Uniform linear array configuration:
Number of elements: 32
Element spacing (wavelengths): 0.25
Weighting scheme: blackman
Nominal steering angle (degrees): -60
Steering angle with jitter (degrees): -59.317
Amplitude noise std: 0.05
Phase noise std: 0.05

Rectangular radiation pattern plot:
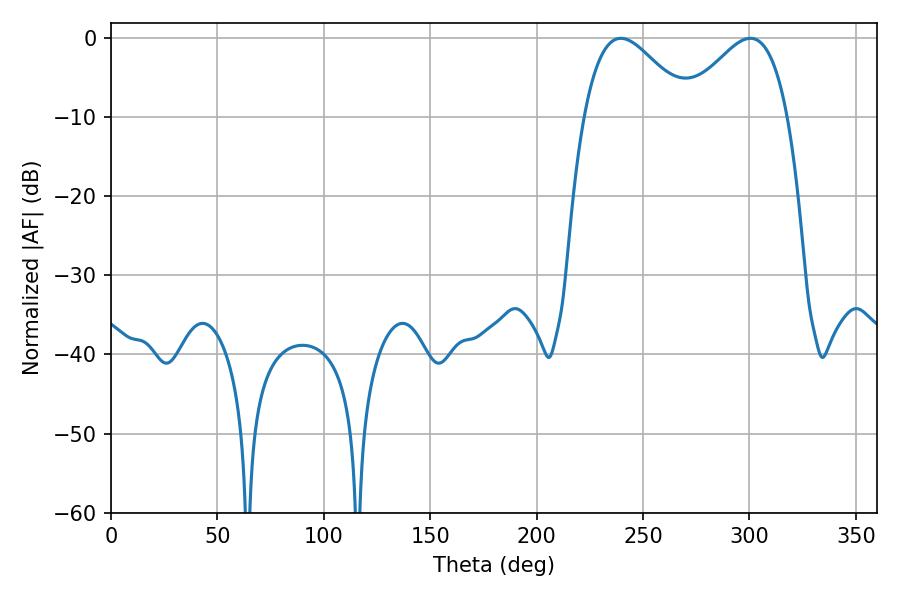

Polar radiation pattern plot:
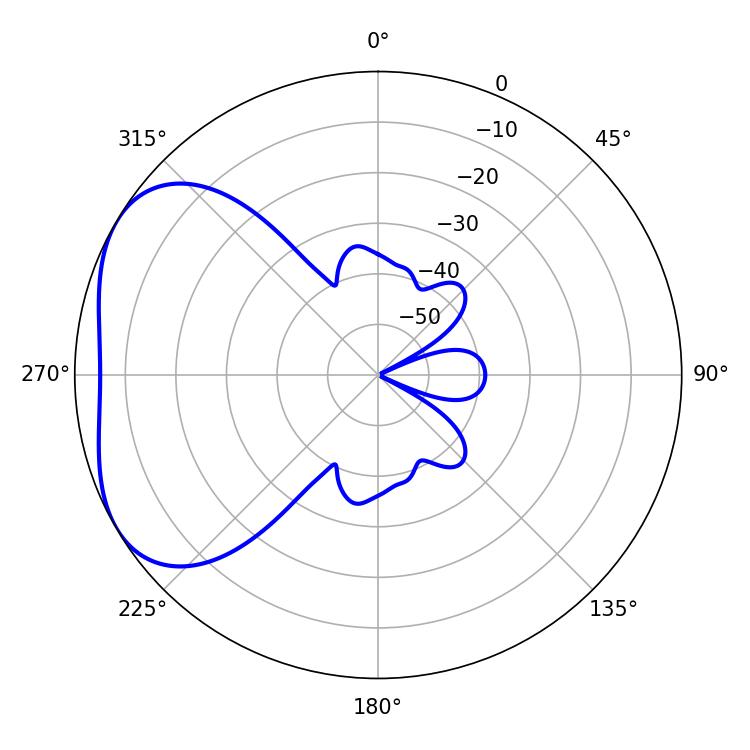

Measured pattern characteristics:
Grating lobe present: FALSE
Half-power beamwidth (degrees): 26.64
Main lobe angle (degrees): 300.42